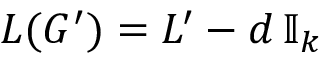
L ( G ^ { \prime } ) = L ^ { \prime } - d \, \mathbb { I } _ { k }